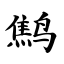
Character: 鹪